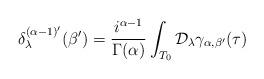
LaTeX: \begin{align*}\delta_\lambda^{(\alpha-1)'}(\beta')=\frac{i^{\alpha-1}}{\Gamma(\alpha)}\int_{T_0}\mathcal{D}_\lambda{\gamma}_{\alpha,\beta'}(\tau)\end{align*}